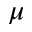
\mu